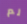
لم